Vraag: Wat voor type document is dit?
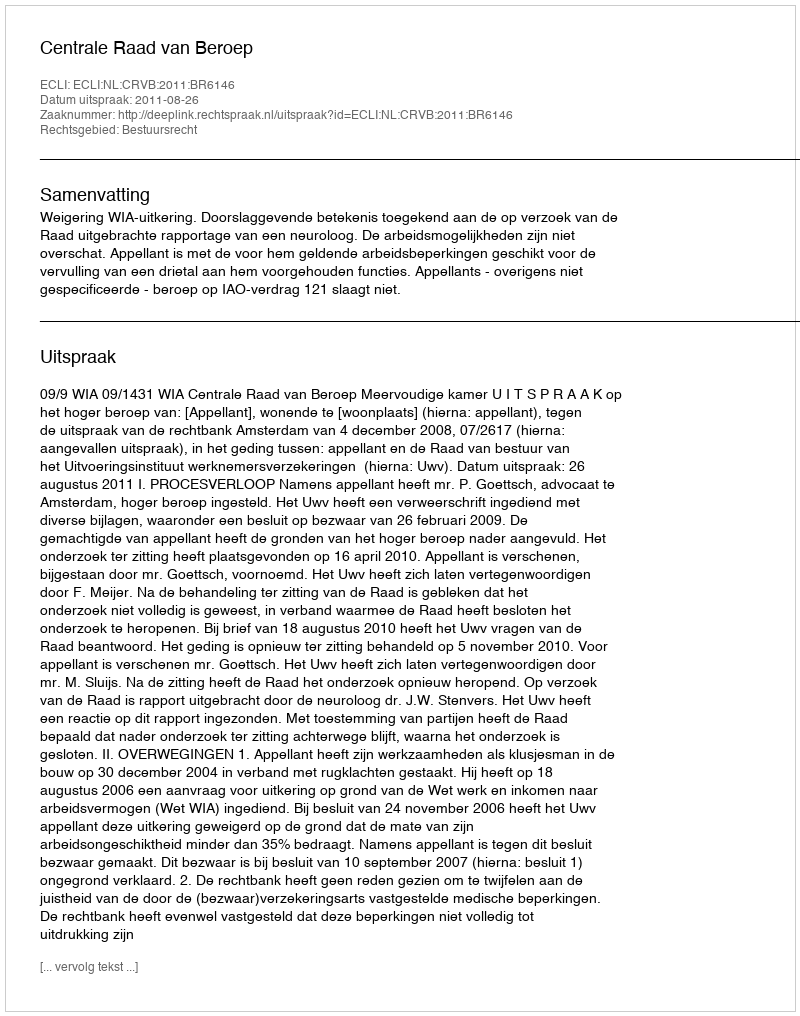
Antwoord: Uitspraak